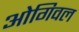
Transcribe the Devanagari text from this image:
ओगिवल